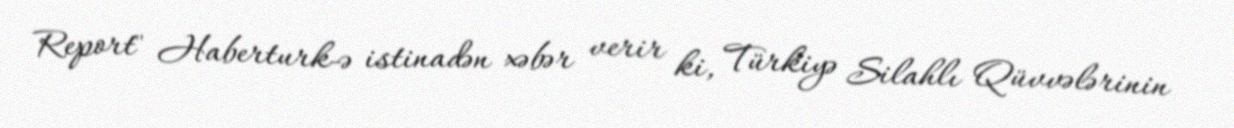
Report" Haberturk-ə istinadən xəbər verir ki, Türkiyə Silahlı Qüvvələrinin